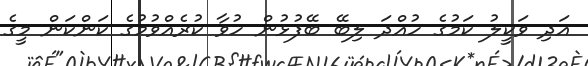
އަދި ވަކީލު ކަމުގެ ހުއްދަ ލިބޭ ބޭފުޅުން ހުވާ ކުރެއްވުމުގެ ކަންކަން މީގެ